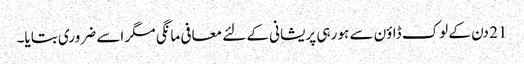
21 دن کے لوک ڈاؤن سے ہو رہی پریشانی کے لئے معافی مانگی مگر اسے ضروری بتایا۔